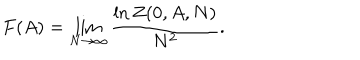
LaTeX: F ( A ) = \lim _ { N \rightarrow \infty } \frac { \ln Z ( 0 , A , N ) } { N ^ { 2 } } .